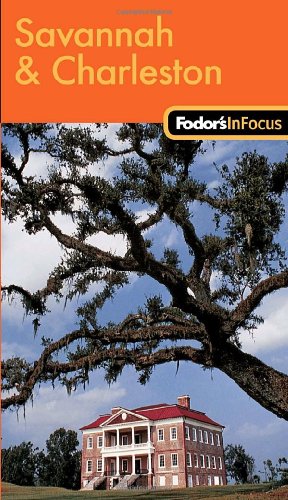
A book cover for Fodor's In Focus Savannah & Charleston, 1st Edition (Travel Guide); Fodor's; Travel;